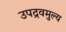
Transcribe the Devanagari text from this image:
उपद्रवमुल्य